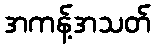
အကန့်အသတ်